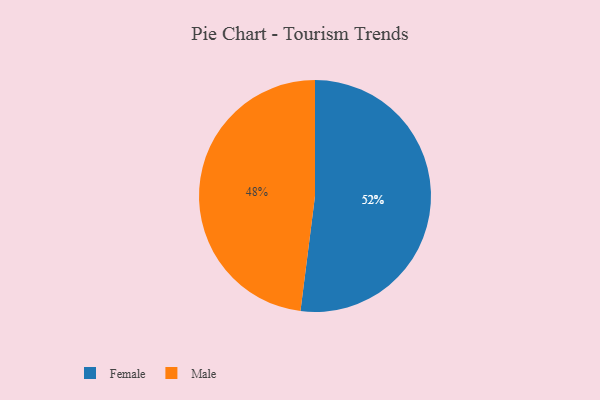
{"axis": {"x": "Category", "y": "Percentage"}, "legend": ["Female", "Male"], "data": [{"x": "Female", "y": 52, "type": "Female"}, {"x": "Male", "y": 48, "type": "Male"}]}